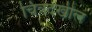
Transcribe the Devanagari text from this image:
चित्रदेखील